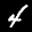
Label: 4